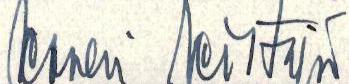
Verneri Veistäjä